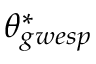
\theta _ { g w e s p } ^ { * }